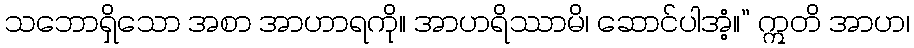
သဘောရှိသော အစာ အာဟာရကို။ အာဟရိဿာမိ၊ ဆောင်ပါအံ့။” ဣတိ အာဟ၊